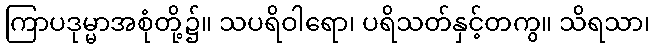
ကြာပဒုမ္မာအစုံတို့၌။ သပရိဝါရော၊ ပရိသတ်နှင့်တကွ။ သိရသာ၊